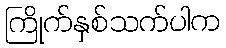
ကြိုက်နှစ်သက်ပါက